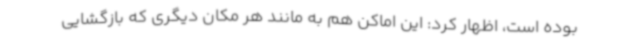
بوده است، اظهار کرد: این اماکن هم به مانند هر مکان دیگری که بازگشایی